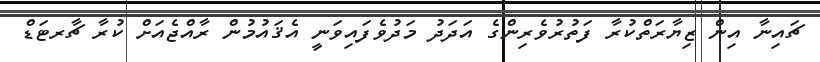
ޗައިނާ އިން ޒިޔާރަތްކުރާ ފަތުރުވެރިންގެ އަދަދު މަދުވެފައިވަނީ އެޤައުމުން ރާއްޖެއަށް ކުރާ ޗާރޓަޑް